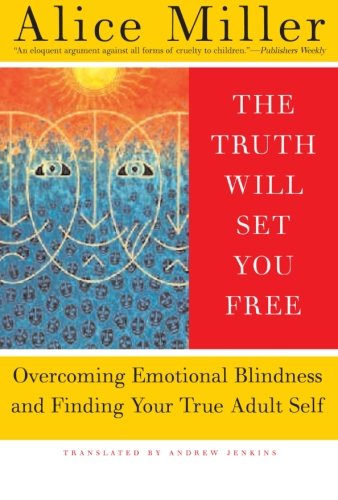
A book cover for The Truth Will Set You Free: Overcoming Emotional Blindness and Finding Your True Adult Self; Alice Miller; Health, Fitness & Dieting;